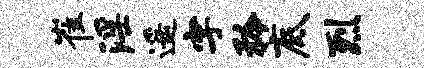
崔淫遥字矜底烈